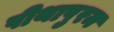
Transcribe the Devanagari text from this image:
पीथापुरम